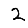
Digit: 2